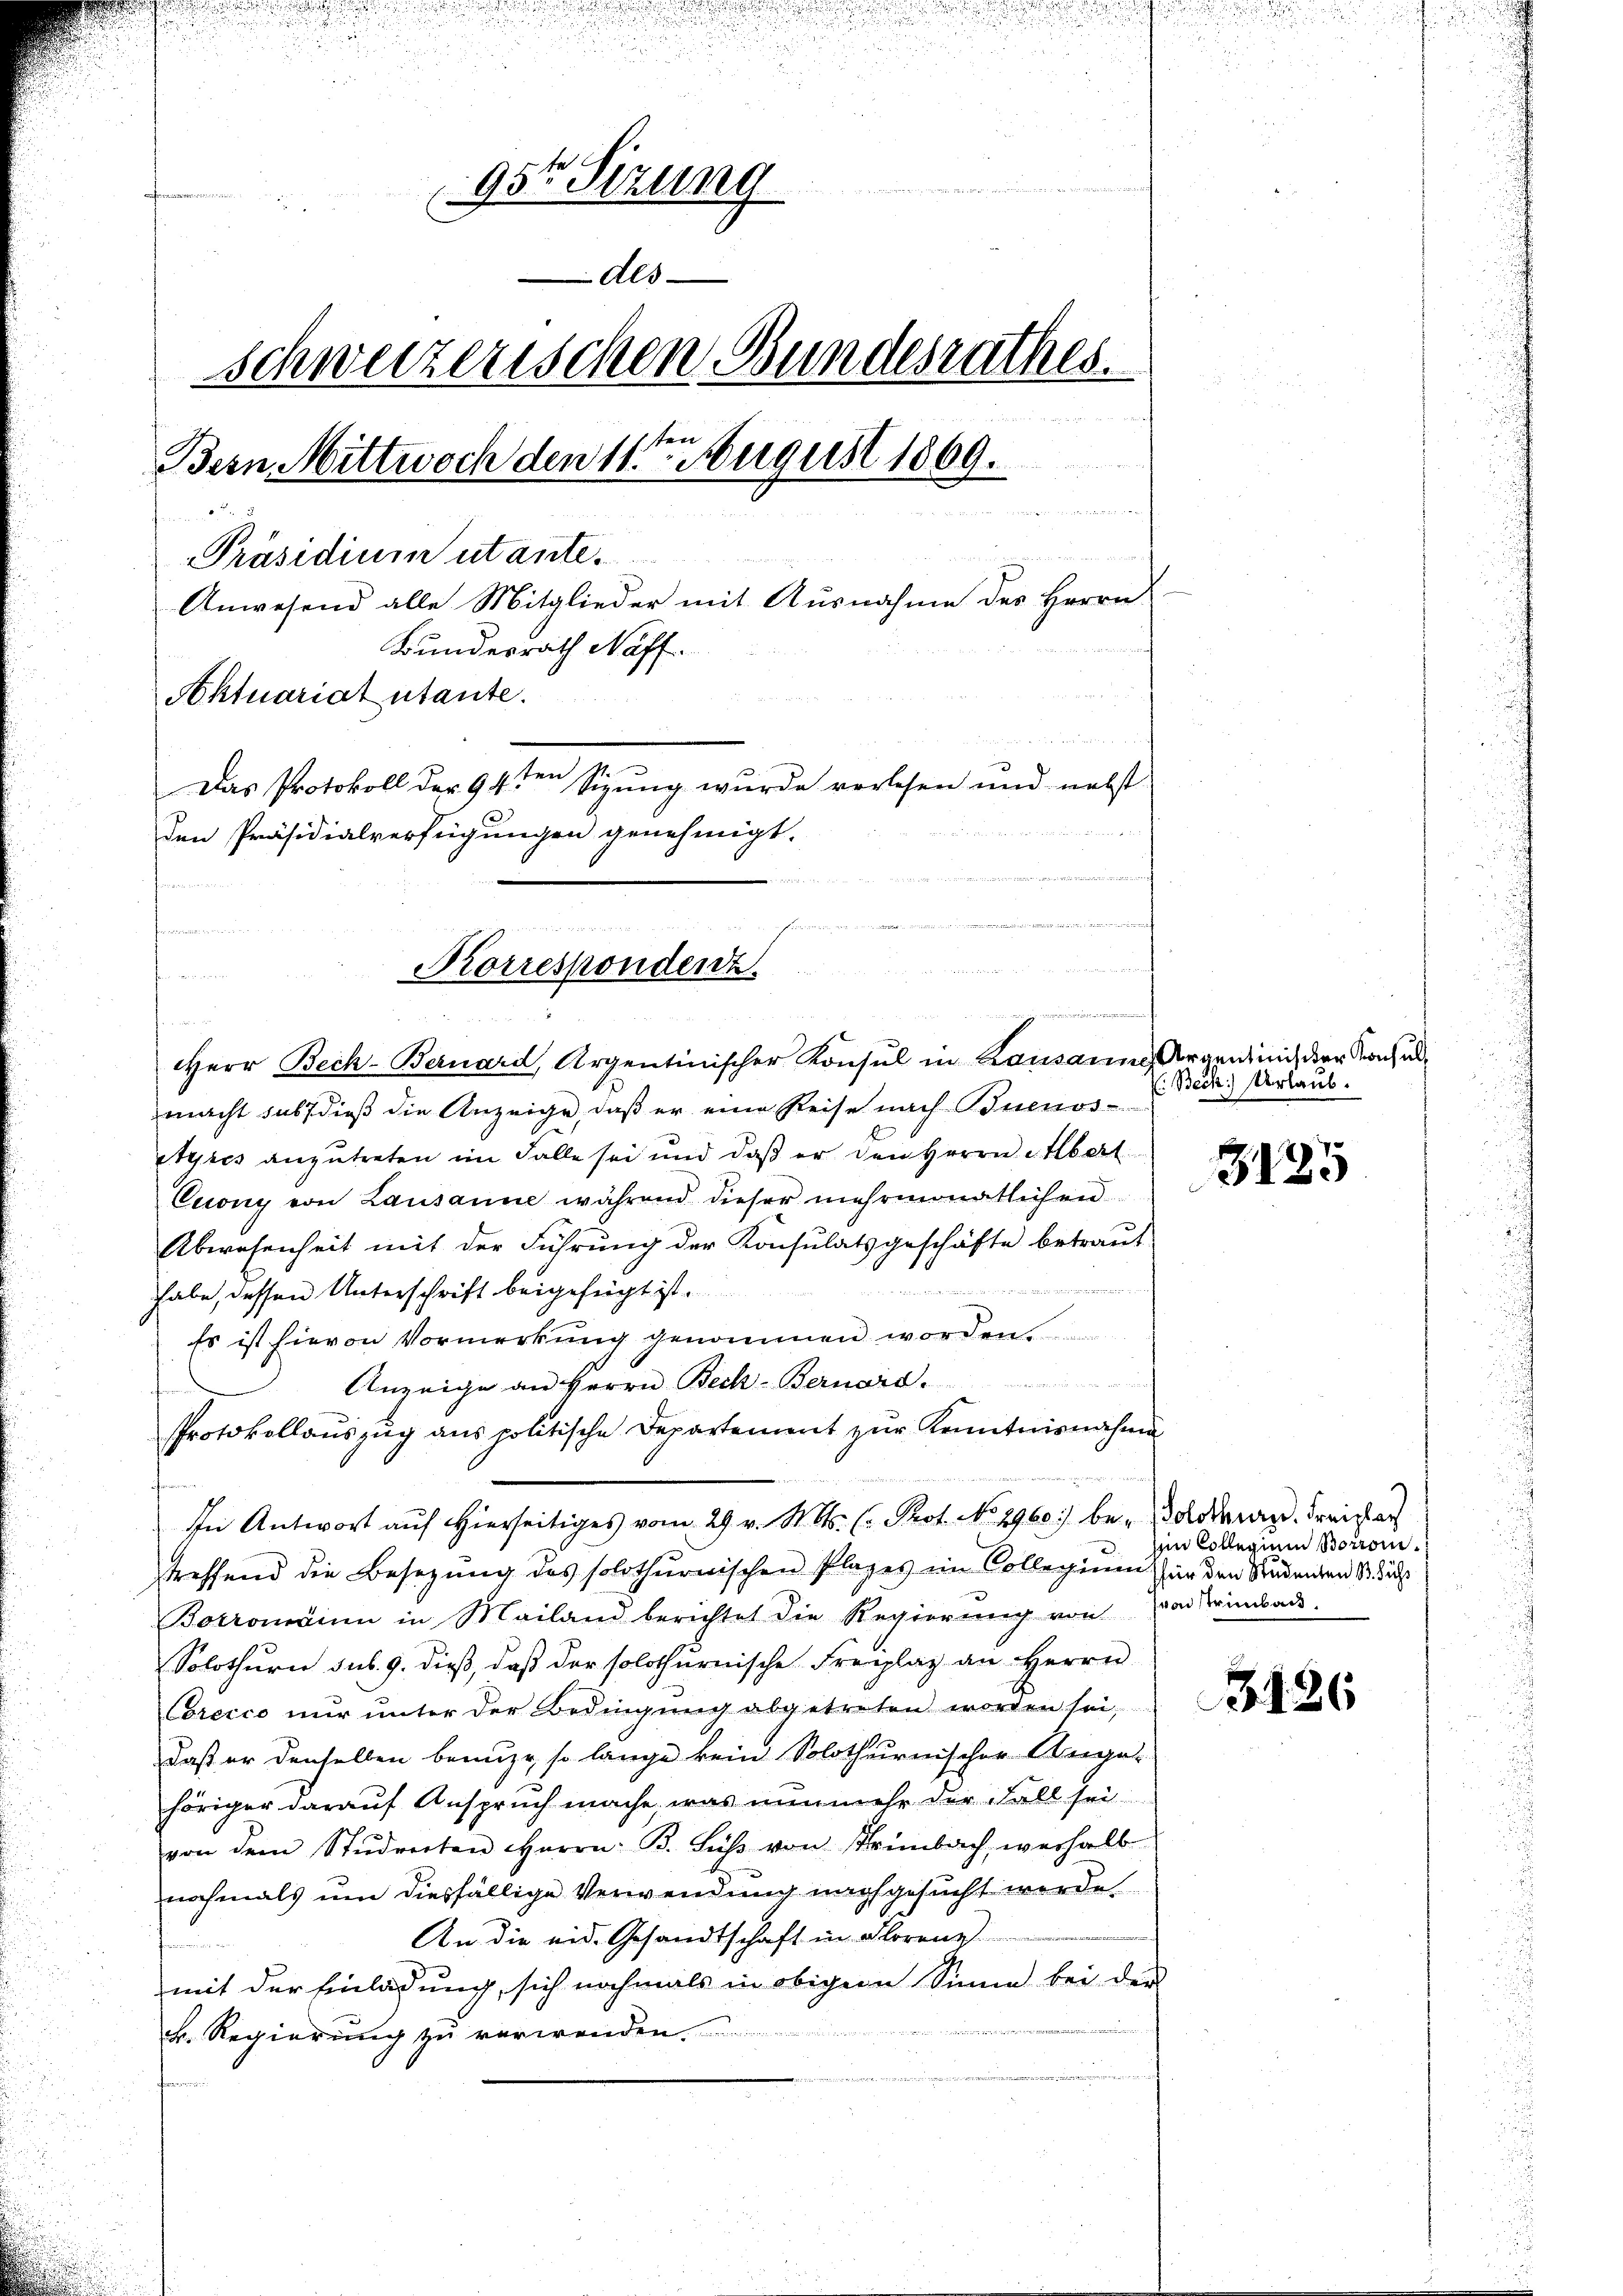
Ange

95te Sizung
Als
Schweizerischen Bundesrathes.
ten
Bern Mittwoch den 11t August 1869.
n
 Bander
Präsidium utante
Anwesend alle Mitglieder mit Ausnahme des Herrn
Bundesrath Neff
Aktuariat utante.
m 2.
Das Protokoll der 9 4ten Sizung wurde verlesen und nebst
.
den Präsidialverfügungen genehmigt.
damen

u
Korrespondenz.

Herr Beck-Bernard, Argentinischer Konsul in Kausanne Argen mich der Kranch almacht sub dieß die Anzeige, daß er eine Reise nach Buenos-
Ayres anzutreten im Falle sei und daß er den Herrn Albert
Cuony von Lausanne während dieser mehrmonatlichen
Abwesenheit mit der Führung der Konsulatsgeschäfte betraut
n
habe, dessen Unterschrift beigefügt ist.
Es ist hievon Vormerkung genommen worden.
 2 S
Anzeige an Herrn Beck-Bernard.
Protokollauszug aus politische Departement zur Kenntnisnahma¬
.
treffend die Besetzŭng des solothurnischen Plages im Collegium für den Studenten 1. das
Boromann in Mailand berichtet die Regierŭng von von Trimbad.
Solothurn sub. 9. dieß, daß der solothurnische Freplaz an Herrn
Corecco nur unter der Bedingŭng abgetreten worden sei,
daß er denselben benuze, so lange kein Solothurnischer Angehöriger darauf Anspruch mache, was nunmehr der Fall sei
von dem Studierten Herrn. B. Fŭβ von Trimbach, weshalb
nochmals um diesfällige Verwendung nachgesucht werde,
An die eid. Gesandtschaft in Florenz
fin
mit der Einladung, sich nochmals in obigem Sinne bei der
F. Regierung zu verwenden.
en

In Antwort auf hierseitiges vom 29. v. St. Ms. (: Prot. No 2960 be-Goldmag. Freisat

n

: Beck) Urlaub.

3185

in Collegium Borroin.

3126